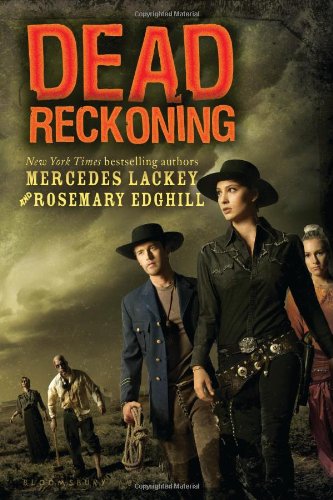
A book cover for Dead Reckoning; Mercedes Lackey; Teen & Young Adult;